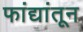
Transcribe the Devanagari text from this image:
फांद्यांतून